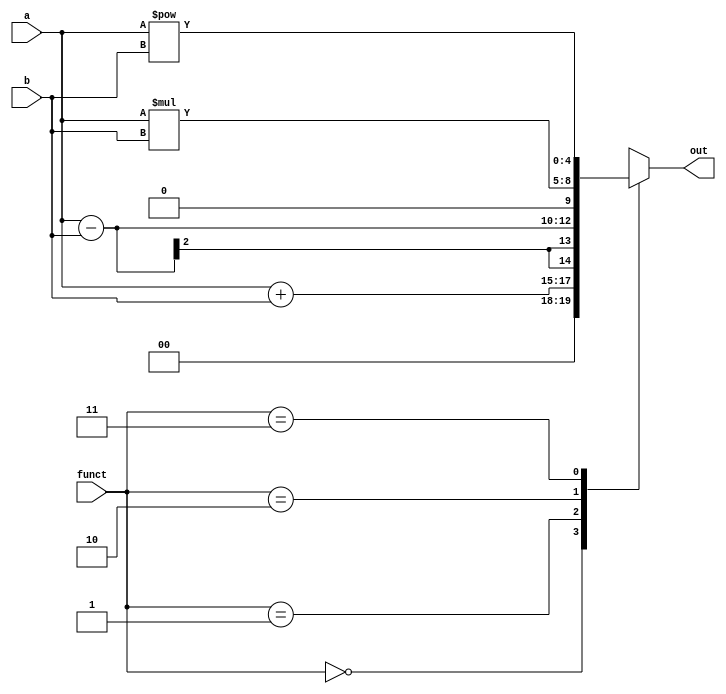
module the_case (input [1:0] a, b, funct, output reg [4:0] out);

always @(a,b,funct) begin
case (funct)
        2'b00   :  out = a + b;   // Each case choice is a different system state
        2'b01   :  out = a - b;
        2'b10   :  out = a * b;
        2'b11   :  out = a**b;  // Power operator equivalent to ab
       default  :  out = a + b;
endcase
end
endmodule